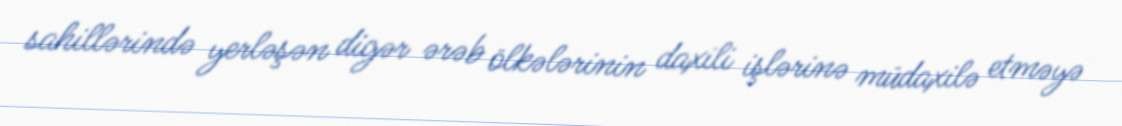
sahillərində yerləşən digər ərəb ölkələrinin daxili işlərinə müdaxilə etməyə